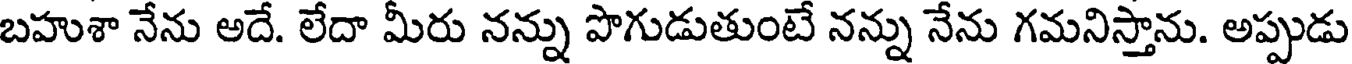
బహుశా నేను అదే. లేదా మీరు నన్ను పొగుడుతుంటే నన్ను నేను గమనిస్తాను. అప్పుడు